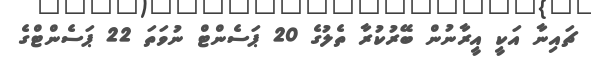
ޗައިނާ އަކީ އީރާނުން ބޭރުކުރާ ތެލުގެ 20 ޕަސެންޓް ނުވަތަ 22 ޕަސެންޓްގެ